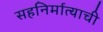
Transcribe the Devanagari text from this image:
सहनिर्मात्याची